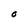
Character: O